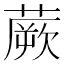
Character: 蕨